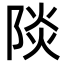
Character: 𮥐